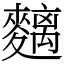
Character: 麶